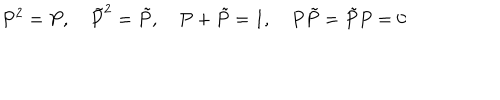
LaTeX: P ^ { 2 } = P , \tilde { P } ^ { 2 } = \tilde { P } , P + \tilde { P } = 1 , P \tilde { P } = \tilde { P } P = 0